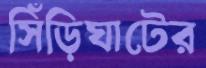
সিঁড়িঘাটের